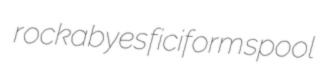
rockabyes ficiform spool